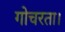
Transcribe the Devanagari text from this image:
गोचरता।